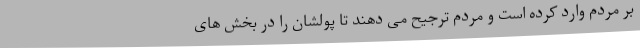
بر مردم وارد کرده است و مردم ترجیح می دهند تا پولشان را در بخش های